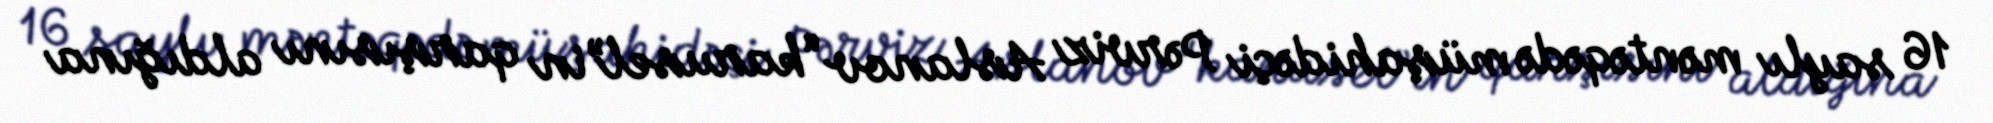
16 saylı məntəqədə müşahidəçi Pərviz Aslanov “karusel”in qarşısını aldığına